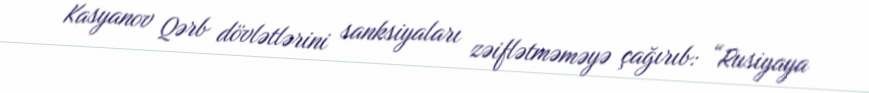
Kasyanov Qərb dövlətlərini sanksiyaları zəiflətməməyə çağırıb: “Rusiyaya